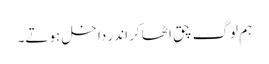
ہم لوگ چق اٹھا کر اندر داخل ہوتے۔